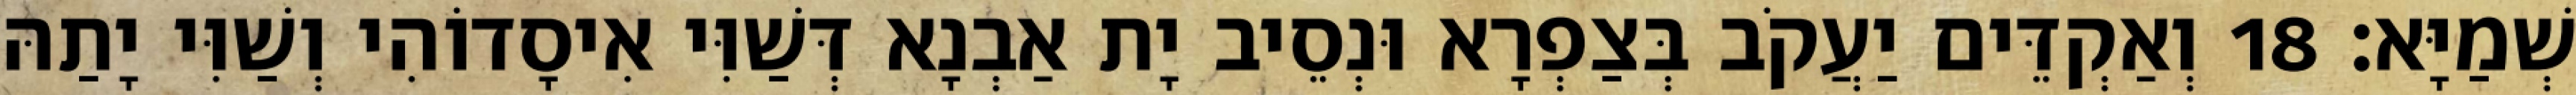
שְׁמַיָּא׃ 18 וְאַקְדֵּים יַעֲקֹב בְּצַפְרָא וּנְסֵיב יָת אַבְנָא דְּשַׁוִּי אִיסָדוֹהִי וְשַׁוִּי יָתַהּ